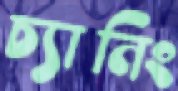
চ্যানিং